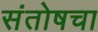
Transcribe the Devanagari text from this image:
संतोषचा